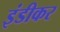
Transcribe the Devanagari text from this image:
इंडीकर